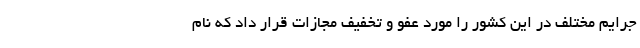
جرایم مختلف در این کشور را مورد عفو و تخفیف مجازات قرار داد که نام